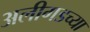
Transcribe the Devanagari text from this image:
अलीगडच्या